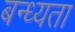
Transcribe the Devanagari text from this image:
बन्ध्यता